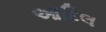
આદિલ